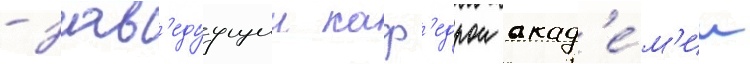
- зав'едуущии каф'едрои акад'е́м'ии